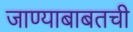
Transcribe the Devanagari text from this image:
जाण्याबाबतची